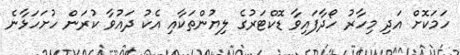
ހަމަކޮށް އަދި މިހާރު ހޯދާފައިވާ ޑޮކްޓަރުގެ ލިޔުންތަކާއި އެކު ދައުވާ ކުރަން ހުށަހަޅާނެ